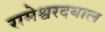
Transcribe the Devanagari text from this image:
रामेश्वरदयाल